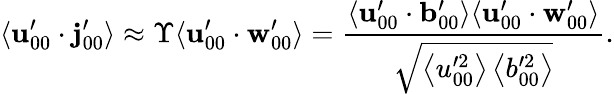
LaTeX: \langle\mathbf{u}_{00}^{\prime}\cdot\mathbf{j}_{00}^{\prime}\rangle\approx\Upsilon\langle\mathbf{u}_{00}^{\prime}\cdot\mathbf{w}_{00}^{\prime}\rangle=\frac{\langle\mathbf{u}_{00}^{\prime}\cdot\mathbf{b}_{00}^{\prime}\rangle\langle\mathbf{u}_{00}^{\prime}\cdot\mathbf{w}_{00}^{\prime}\rangle}{\sqrt{\left\langle u_{00}^{\prime 2}\right\rangle\left\langle b_{00}^{\prime 2}\right\rangle}}.